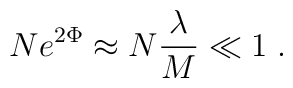
Ne^{2\Phi}\approx N{\lambda\over M}\ll1\;.